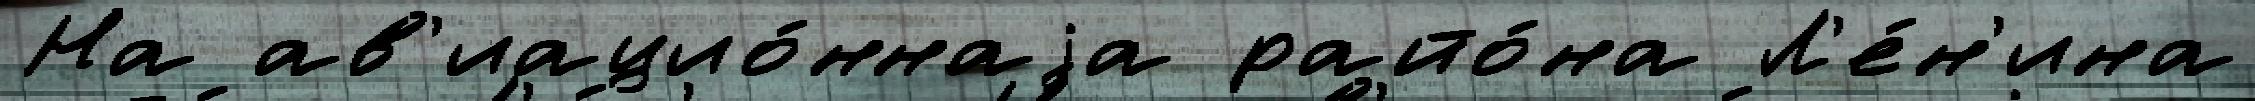
На ав'иацио́ннаjа райо́на Л'е́н'ина